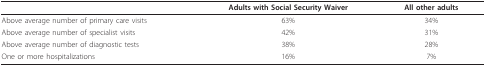
<table><thead><tr><td></td><td><b>Adults with Social Security Waiver</b></td><td><b>All other adults</b></td></tr></thead><tbody><tr><td>Above average number of primary care visits</td><td>63%</td><td>34%</td></tr><tr><td>Above average number of specialist visits</td><td>42%</td><td>31%</td></tr><tr><td>Above average number of diagnostic tests</td><td>38%</td><td>28%</td></tr><tr><td>One or more hospitalizations</td><td>16%</td><td>7%</td></tr></tbody></table>